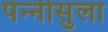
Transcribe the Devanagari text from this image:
पेन्‍नीसुला